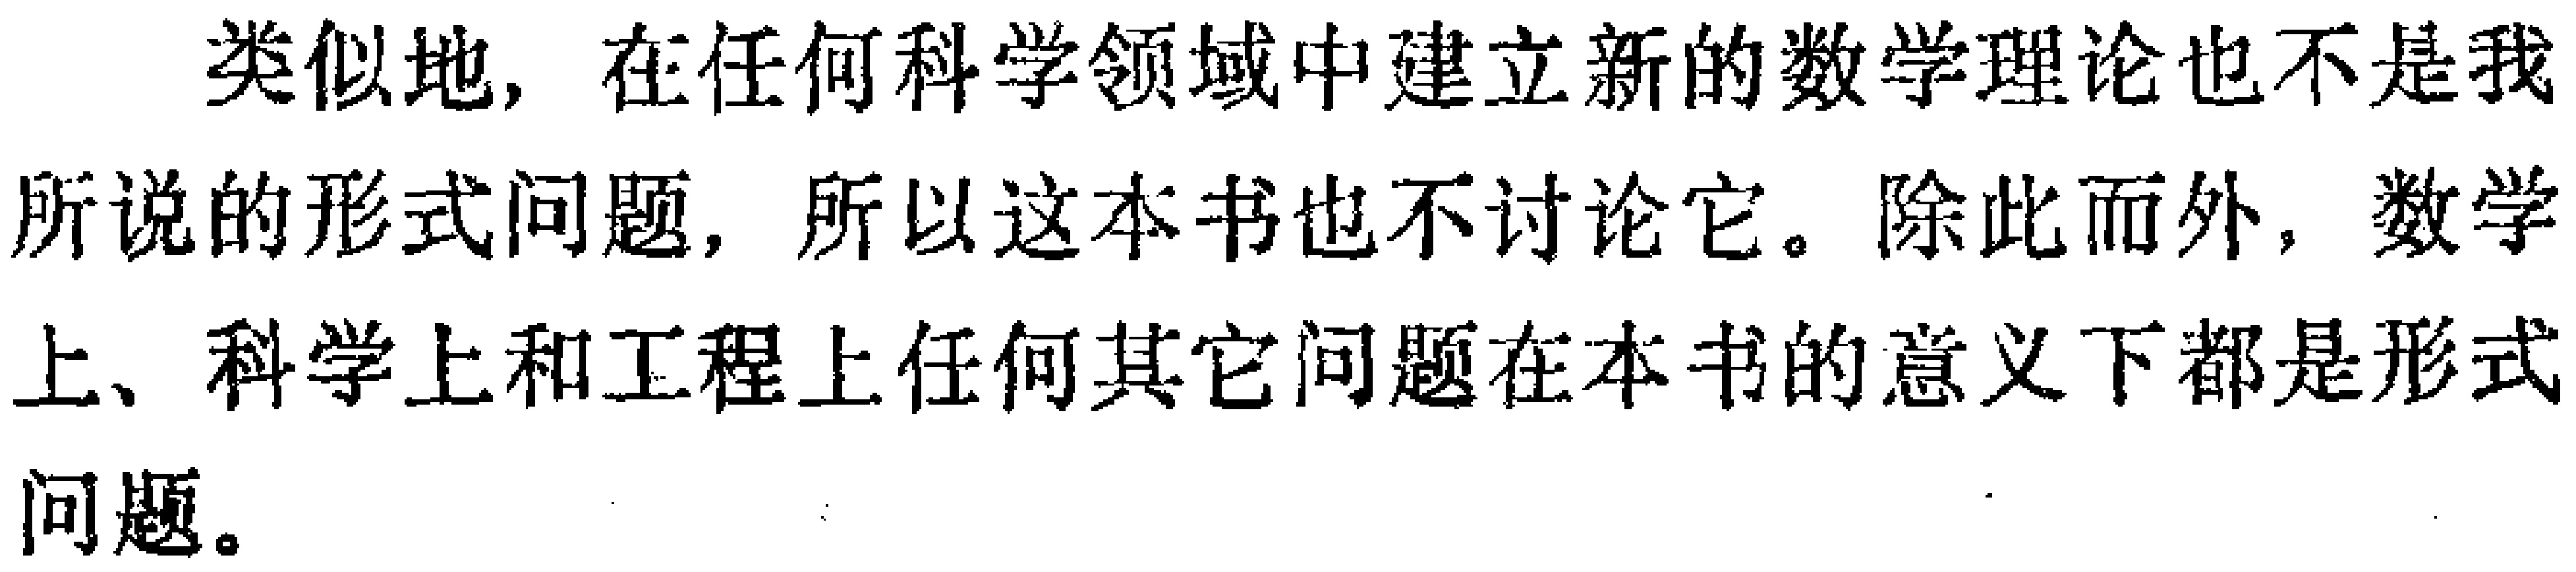
类似地，在任何科学领域中建立新的数学理论也不是我所说的形式问题，所以这本书也不讨论它。除此而外，数学上、科学上和工程上任何其它问题在本书的意义下都是形式问题。